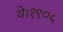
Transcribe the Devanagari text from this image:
थे।१९०५